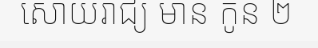
សោយរាជ្យ មាន កូន ២